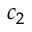
c _ { 2 }